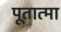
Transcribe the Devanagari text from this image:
पूतात्मा